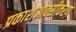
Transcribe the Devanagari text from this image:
प्रकाशआक्सीकरण